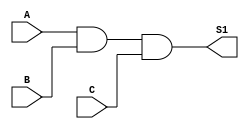
// modulo de uma and de 3 entradas
module and_3entradas
(
	input A,B,C,
	output S1
);

 assign S1 = A & B & C;
 
endmodule 
// sistema de segurana residencial
// alysson machado e matheus victor